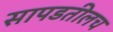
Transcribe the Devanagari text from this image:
सापडतीलच